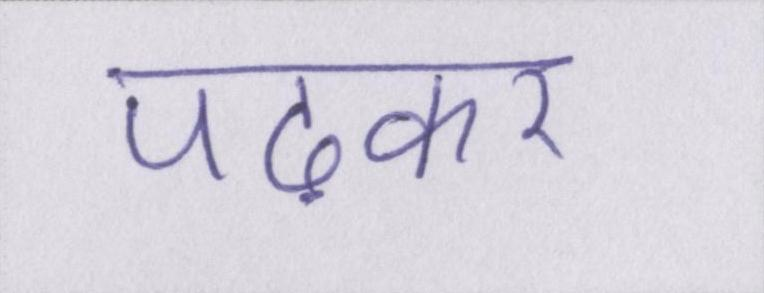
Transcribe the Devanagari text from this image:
पढ़कर